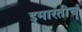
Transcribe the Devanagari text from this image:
इमारतीचं